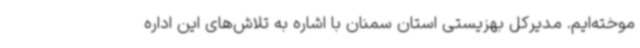
موخته‌ایم. مدیرکل بهزیستی استان سمنان با اشاره به تلاش‌های این اداره